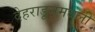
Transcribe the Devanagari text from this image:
देहराडूनमधली